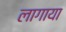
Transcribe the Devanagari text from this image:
लागाया